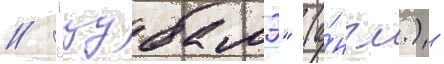
// "цубамэ" (а́нгл.) -